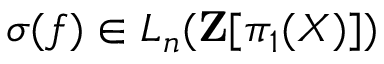
\sigma ( f ) \in L _ { n } ( \mathbf { Z } [ \pi _ { 1 } ( X ) ] )